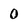
Character: O